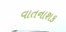
વાતનાશક